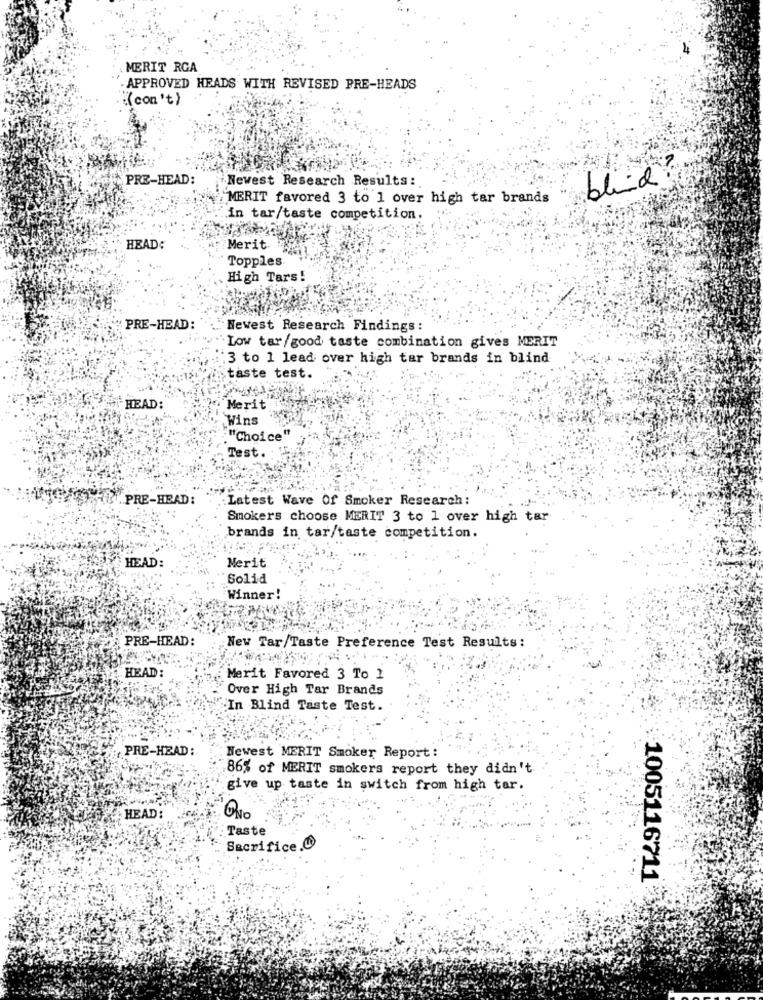
MERIT RGA
APPROVED HEADS WITH REVISED PRE-HEADS
:(con't)
PRE-HEAD:
Newest Research Results:
blud
MERIT favored 3 to 1 over high tar brands
in tar/taste competition.
HEAD:
Merit.
Topples
High Tars!
PRE-HEAD:
Newest Research Findings :
`Low tar/good taste combination gives MERIT
3 to 1 lead over high tar brands in blind
taste test.
HEAD:
Merit
Wins
"""Choice'
Test .:
PRE-HEAD:
.: Latest Wave Of Smoker Research:
Smokers choose MERIT 3 to 1 over high tar
brands in tar/taste competition.
HEAD:
Merit
Solid
Winner!
PRE-HEAD:
New Tar/Taste Preference Test Results:
HEAD :
Merit Favored 3 To 1
Over High Tar Brands
.In Blind Taste Test.
PRE-HEAD :
Newest MERIT Smoker Report :
86% of MERIT smokers report they didn't
give up taste in switch from high tar.
HEAD:
ONo
Taste
Sacrifice.@
1005116711